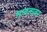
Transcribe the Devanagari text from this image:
भावनावर